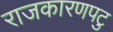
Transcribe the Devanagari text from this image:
राजकारणपटु